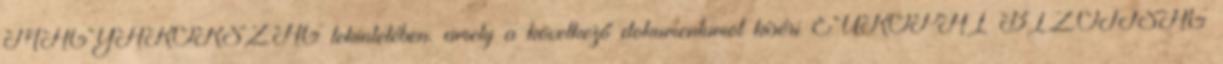
MAGYARORSZÁG tekintetében. amely a következő dokumentumot kíséri EURÓPAI BIZOTTSÁG